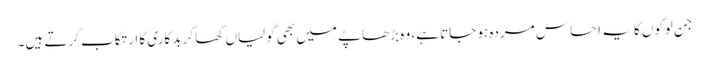
جن لوگوں کا یہ احساس مردہ ہو جاتا ہے، وہ بڑھاپے میں بھی گولیاں کھا کر بدکاری کا ارتکاب کرتے ہیں۔